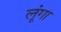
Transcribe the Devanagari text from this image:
लूूंगा